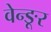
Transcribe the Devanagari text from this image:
वेन्ङूर